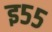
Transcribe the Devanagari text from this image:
इ५५